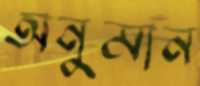
অনুমান